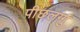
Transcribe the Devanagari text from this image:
पीछलग्गु